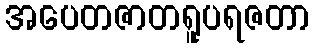
အပေတဇာတရူပရဇတာ